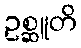
ဥစ္ဆူတိ